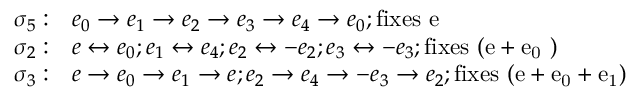
\begin{array} { r l } { \sigma _ { 5 } : } & { e _ { 0 } \to e _ { 1 } \to e _ { 2 } \to e _ { 3 } \to e _ { 4 } \to e _ { 0 } ; \mathrm { f i x e s ~ e ~ } } \\ { \sigma _ { 2 } : } & { e \leftrightarrow e _ { 0 } ; e _ { 1 } \leftrightarrow e _ { 4 } ; e _ { 2 } \leftrightarrow - e _ { 2 } ; e _ { 3 } \leftrightarrow - e _ { 3 } ; \mathrm { f i x e s ~ ( e + e _ 0 ~ ) ~ } } \\ { \sigma _ { 3 } : } & { e \to e _ { 0 } \to e _ { 1 } \to e ; e _ { 2 } \to e _ { 4 } \to - e _ { 3 } \to e _ { 2 } ; \mathrm { f i x e s ~ ( e + e _ 0 + e _ 1 ) ~ } } \end{array}